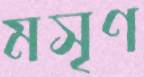
মসৃণ